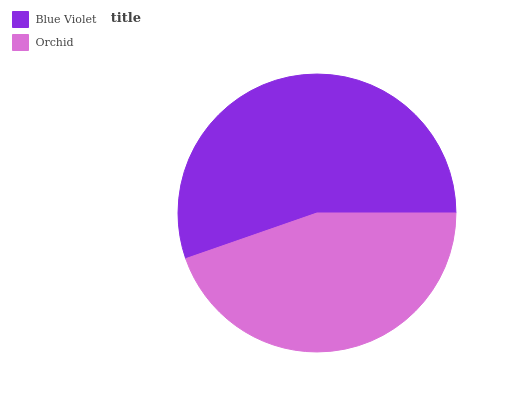
| Blue Violet | Orchid |
 | --- | --- |
 | 55.3% | 44.7% |